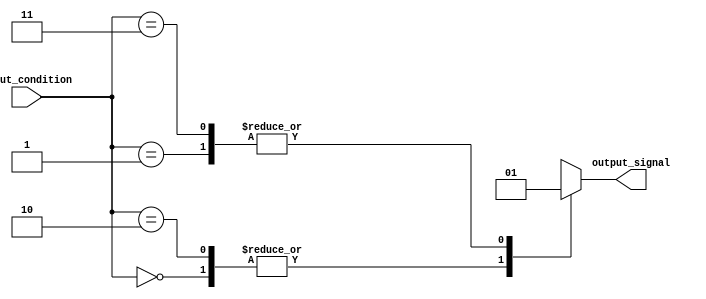
module generate_case_block (
    input [1:0] input_condition,
    output reg output_signal
);

always @(*) begin
    case (input_condition)
        2'b00: output_signal = 1'b0; // Case 0
        2'b01: output_signal = 1'b1; // Case 1
        2'b10: output_signal = 1'b0; // Case 2
        2'b11: output_signal = 1'b1; // Case 3
    endcase
end

endmodule